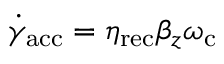
\dot { \gamma } _ { \mathrm { a c c } } = \eta _ { \mathrm { r e c } } \beta _ { z } \omega _ { \mathrm { c } }